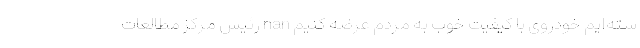
سته‌ایم خودروی با کیفیت خوب به مردم عرضه کنیم nan رئیس مرکز مطالعات